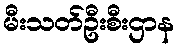
မီးသတ်ဦးစီးဌာန